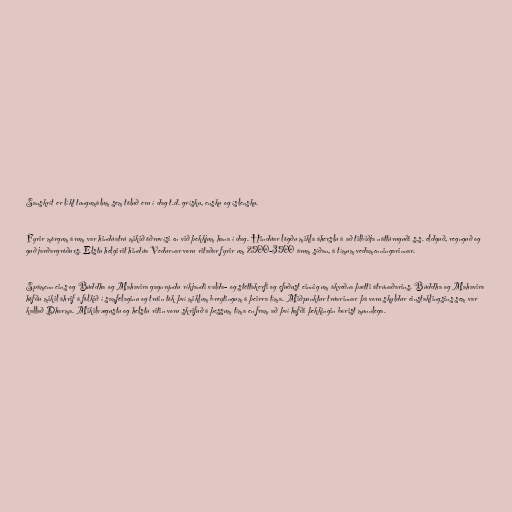
Sanskrít er líkt tungumálum sem töluð eru í dag t.d. grísku, ensku og íslensku.

Fyrir mörgum árum var hindúatrú mikið öðruvísi en við þekkjum hana í dag. Hindúar lögðu mikla áherslu á að tilbiðja náttúruguði s.s. eldguð, regnguð og
guð jarðargróðurs. Elstu helgirit hindúa Vedurnar voru ritaðar fyrir um 2500-3500 árum síðan, á tímum vedamenningarinnar.

Spámenn eins og Búddha og Mahavira gagnrýndu ríkjandi valda- og stéttakerfi og efuðust einnig um ákveðna þætti átrúnaðarins. Búddha og Mahavira
höfðu mikil áhrif á fólkið í samfélaginu og trúin tók því miklum breytingum á þeirra tíma. Miðpunktur trúarinnar þá voru skyldur einstaklingsins sem var
kallað Dharma. Mikilvægustu og helstu ritin voru skrifuð á þessum tíma en fram að því hafði þekkingin borist munnlega.